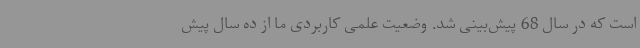
است که در سال 68 پیش‌بینی شد. وضعیت علمی کاربردی ما از ده سال پیش